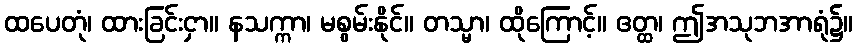
ထပေတုံ၊ ထားခြင်းငှာ။ နသက္ကာ၊ မစွမ်းနိုင်။ တသ္မာ၊ ထိုကြောင့်။ ဧတ္ထ၊ ဤအသုဘအာရုံ၌။